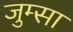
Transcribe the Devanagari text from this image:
जुम्सा